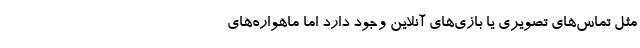
مثل تماس‌های تصویری یا بازی‌های آنلاین وجود دارد اما ماهواره‌های